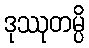
ဒုဿုတမ္ပိ